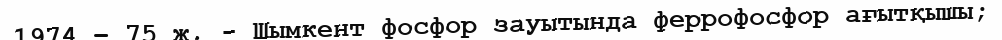
1974 – 75 ж. - Шымкент фосфор зауытында феррофосфор ағытқышы;